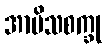
အာမိသစက္ခု